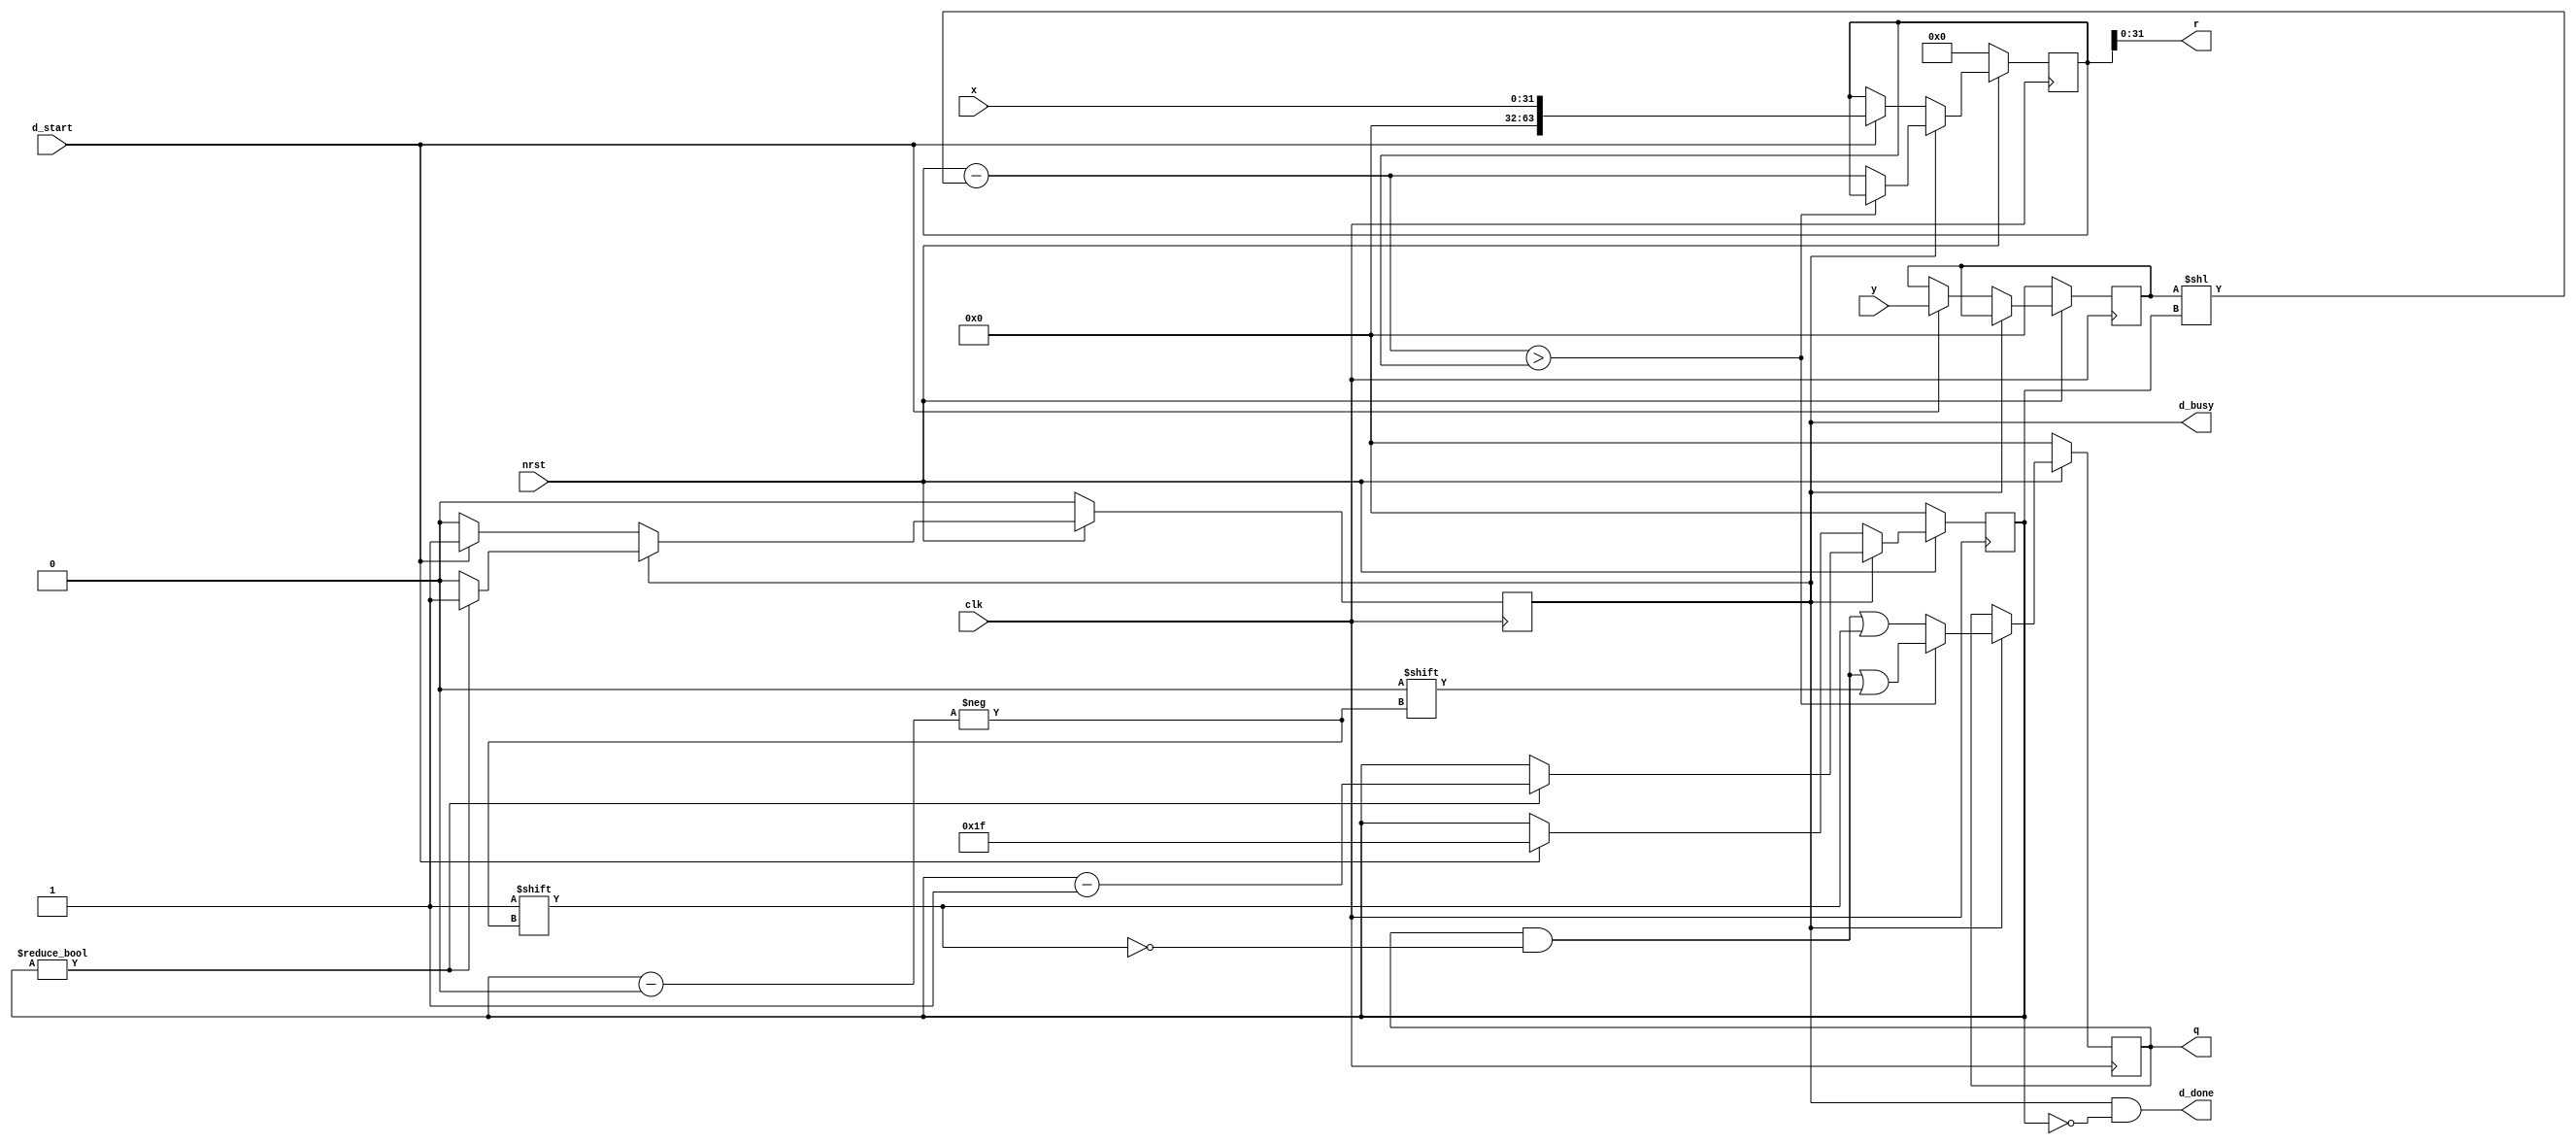
//--------------------------------------------------------------------------------
// NDivide.v
// Konstantin Pavlov, pavlovconst@gmail.com
//--------------------------------------------------------------------------------

// INFO --------------------------------------------------------------------------------
//  Primitive integer divider
//  Unsigned inputs, y should be < or == x


/* --- INSTANTIATION TEMPLATE BEGIN ---

NDivide ND1 (
    .clk(  ),
    .nrst( 1'b1 ),
	.d_start(  ),
	.d_busy(  ),
	.d_done(  ),
	.x(  ),
	.y(  ),
	.q(  ),
	.r(  )
    );
defparam ND1.XBITS = 32;
defparam ND1.YBITS = 32;

--- INSTANTIATION TEMPLATE END ---*/


module NDivide(clk,nrst,d_start,d_busy,d_done,x,y,q,r);

parameter XBITS = 32;
parameter YBITS = 32;

input wire clk;
input wire nrst;

input wire d_start;
output reg d_busy = 0;
output wire d_done;

input wire [(XBITS-1):0] x;
input wire [(YBITS-1):0] y;
output reg [(XBITS-1):0] q = 0;
output wire [(YBITS-1):0] r;

reg [(XBITS+YBITS-1):0] x_buf = 0;
reg [(YBITS-1):0] y_buf = 0;
reg [31:0] i = 0;

wire [(YBITS+XBITS-1):0] shift_y;
wire [(YBITS+XBITS-1):0] x_buf_sub_shift_y;
assign
	shift_y[(YBITS+XBITS-1):0] = y_buf[(YBITS-1):0] << i[31:0],
	x_buf_sub_shift_y[(YBITS+XBITS-1):0] = x_buf[(YBITS+XBITS-1):0] - shift_y[(YBITS+XBITS-1):0];

always @ (posedge clk) begin
	if (~nrst) begin
		q[(XBITS-1):0] <= 0;
		
		i[31:0] <= 0;	
		x_buf[(XBITS+YBITS-1):0] <= 0;
		y_buf[(YBITS-1):0] <= 0;
		d_busy <= 0;		
	end else begin
		if (~d_busy) begin
			if (d_start) begin
				i[31:0] <= (XBITS-1);
				x_buf[(XBITS+YBITS-1):0] <= x[(XBITS-1):0];
				y_buf[(YBITS-1):0] <= y[(YBITS-1):0];
				d_busy <= 1;
			end // d_start
		end else begin
		
			// this condition means crossing of zero boundary
			if (x_buf_sub_shift_y[(YBITS+XBITS-1):0] > x_buf[(XBITS+YBITS-1):0]) begin
				q[i[31:0]] <= 0;
			end else begin
				q[i[31:0]] <= 1;
				x_buf[(XBITS+YBITS-1):0] <= x_buf_sub_shift_y[(YBITS+XBITS-1):0];
			end
			
			if (i[31:0] != 0) begin
				i[31:0] <= i[31:0] - 1;
			end else begin
				d_busy <= 0;
			end
			
		end	// ~d_busy
	end // ~nrst
end

assign
	d_done = d_busy && ( i[31:0] == 0 ),
	r[(XBITS-1):0] = x_buf[(XBITS+YBITS-1):0];

endmodule